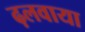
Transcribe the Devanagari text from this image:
ढ़लवाया